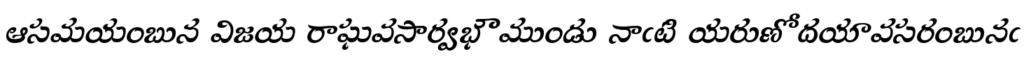
ఆసమయంబున విజయ రాఘవసార్వభౌముండు నాఁటి యరుణోదయావసరంబునఁ